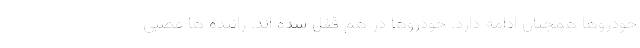
خودروها همچنان ادامه دارد. خودروها در هم قفل شده اند. راننده ها عصبی